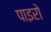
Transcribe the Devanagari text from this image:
पाइरो